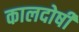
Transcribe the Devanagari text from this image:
कालदोषी